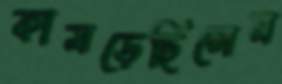
কামড়েছিলেন